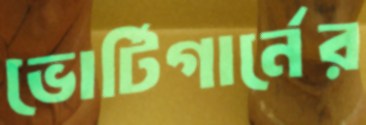
ভোর্টিগার্নের